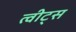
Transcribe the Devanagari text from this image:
त्वीट्स